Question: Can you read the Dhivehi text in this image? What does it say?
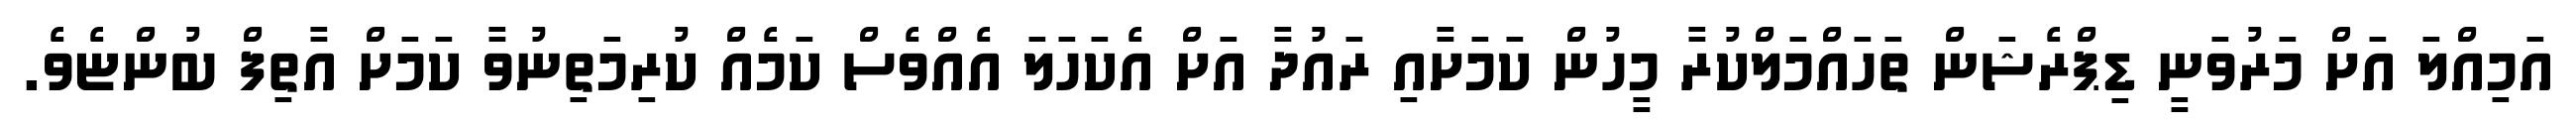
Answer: އަމިއްލަ އަށް މަރުވަނީ ޑިޕްރެޝަން ތަހައްމަލްކުރާ މީހުން ކަމަށާއި ރައުދާ އަށް އެކަހަލަ އެއްވެސް ކަމެއް ކުރިމަތިނުވާ ކަމަށް އާތިފް ބުންޏެވެ.